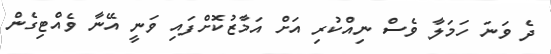
ދެ ވަނަ ހަމަލާ ވެސް ނިއްކުރި އަށް އަމާޒުކޮށްފައި ވަނީ އޭނާ ވެއްޓިގެން